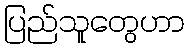
ပြည်သူတွေဟာ